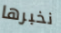
نخبرها